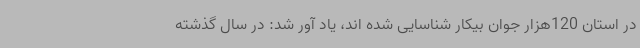
در استان 120هزار جوان بیکار شناسایی شده اند، یاد آور شد: در سال گذشته